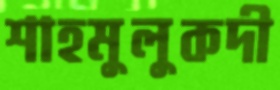
শাহমুলুকদী